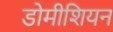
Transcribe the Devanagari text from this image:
डोमीशियन